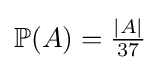
{\textstyle \mathbb {P} (A)={\frac {|A|}{37}}}